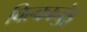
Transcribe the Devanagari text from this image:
विल्कानुंडू